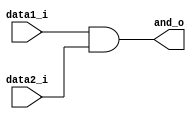
module AND(
	data1_i,
	data2_i,
	and_o
);

input data1_i, data2_i;
output and_o;

assign and_o = data1_i & data2_i;

endmodule